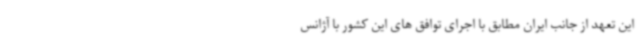
این تعهد از جانب ایران مطابق با اجرای توافق های این کشور با آژانس